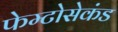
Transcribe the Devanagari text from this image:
फेम्टोसेकंड